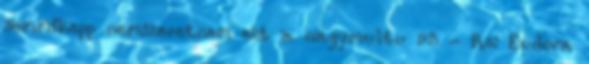
semmikepp nemszeretnem ezt a nagymultu 95 - Re: Eudora